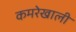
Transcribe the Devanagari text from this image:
कमरेखाली